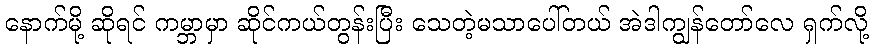
နောက်မို့ ဆိုရင် ကမ္ဘာမှာ ဆိုင်ကယ်တွန်းပြီး သေတဲ့မသာပေါ်တယ် အဲဒါကျွန်တော်လေ ရှက်လို့